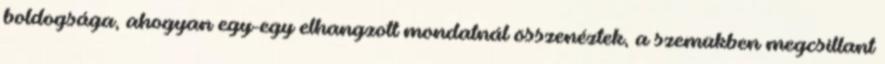
boldogsága, ahogyan egy-egy elhangzott mondatnál összenéztek, a szemükben megcsillant